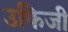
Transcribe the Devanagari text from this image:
उफिजी